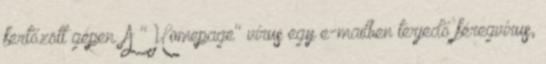
fertőzött gépen. A "Homepage" vírus egy e-mailben terjedő féregvírus,